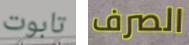
تابوت الصرف